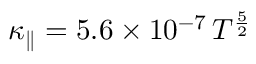
\displaystyle \kappa _ { \parallel } = 5 . 6 \times 1 0 ^ { - 7 } \, T ^ { \frac { 5 } { 2 } }